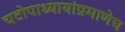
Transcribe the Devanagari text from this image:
चटोपाध्यायांप्रमाणेच